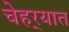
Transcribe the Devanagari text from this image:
चेहर्‍यात